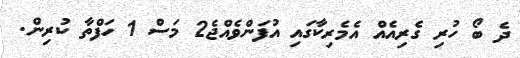
ދެ ބޯ ހުރި ގެރިއެއް އެމެރިކާގައި އުފަންވެއްޖެ2 މަސް 1 ހަފްތާ ކުރިން.